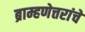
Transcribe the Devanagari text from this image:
ब्राम्हणेत्तरांचे